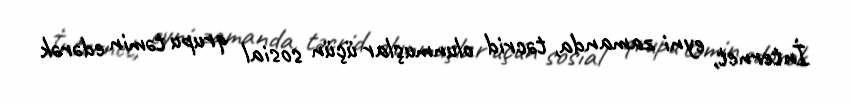
İnternet, eyni zamanda, təcrid olunmuşlar üçün sosial qrupu təmin edərək